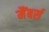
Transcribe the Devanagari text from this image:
मैंबर्स